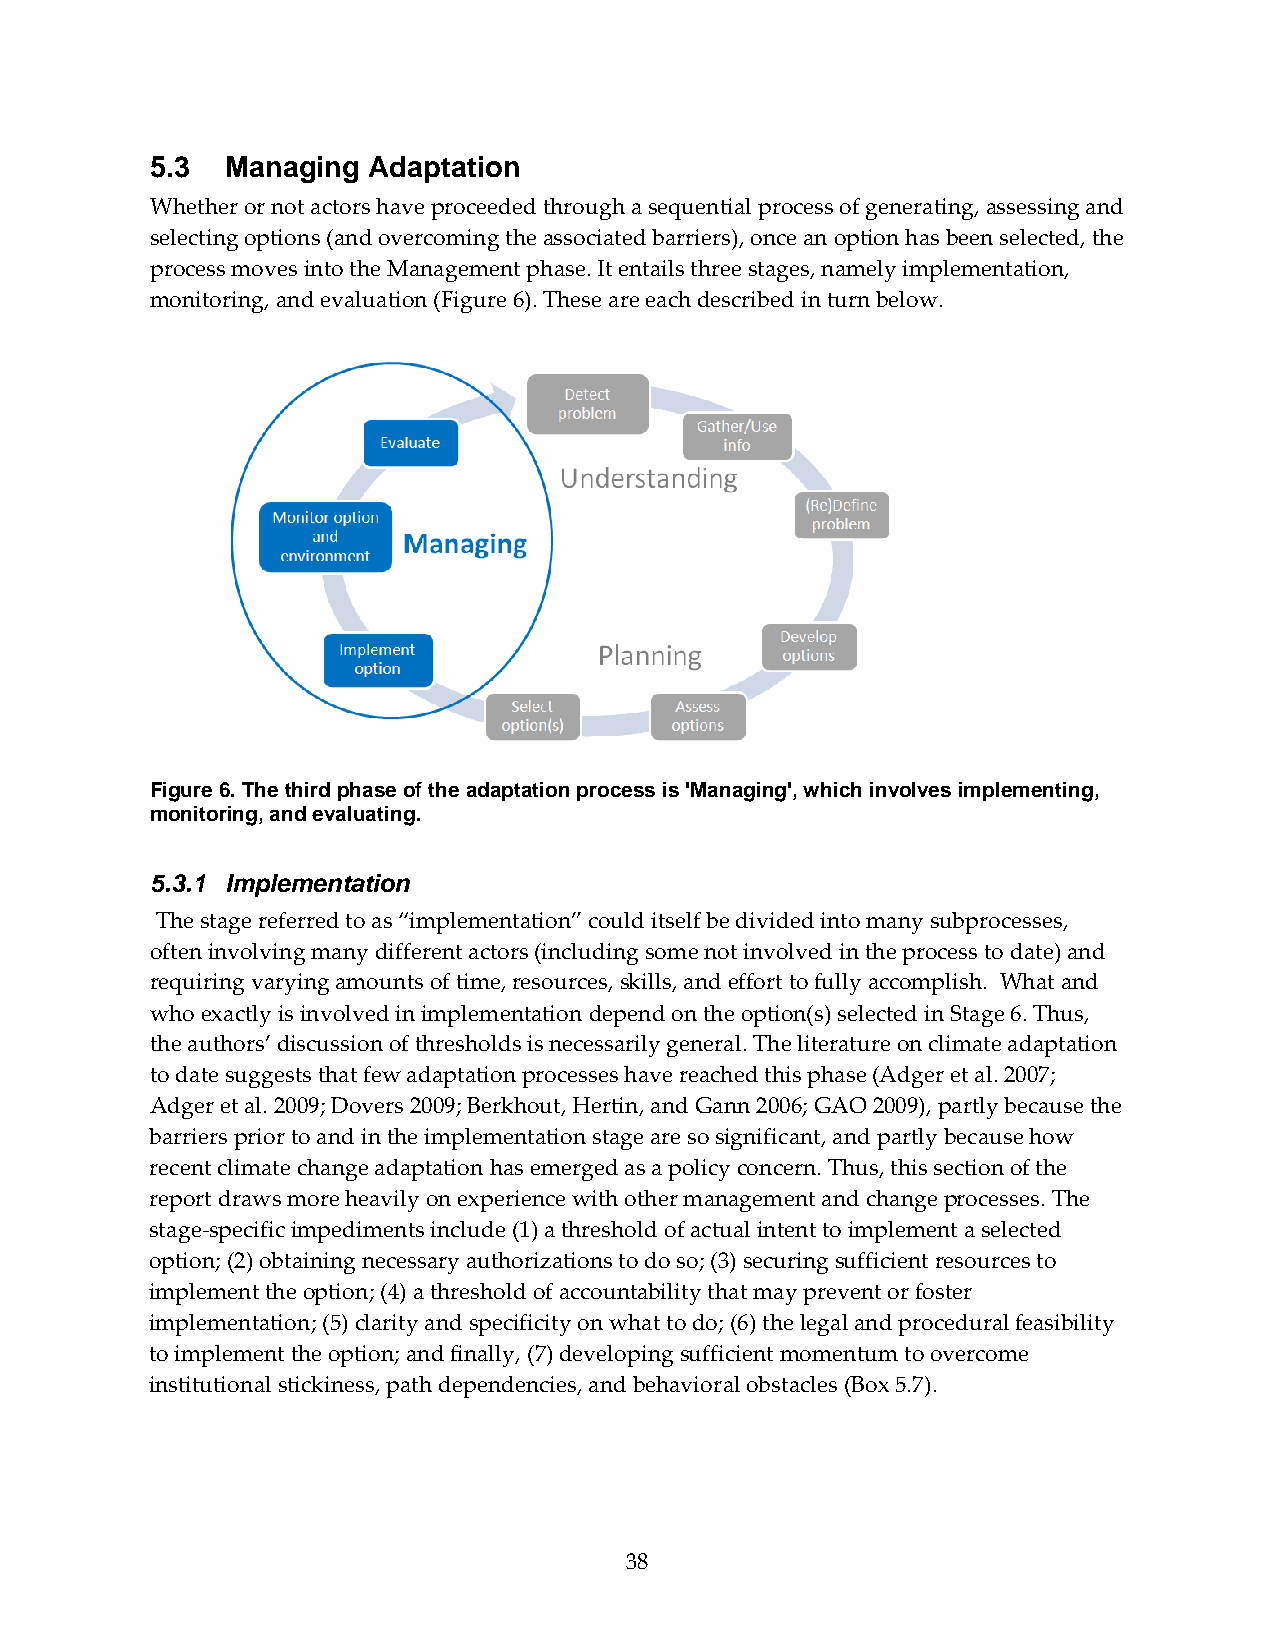
5.3  Managing Adaptation
 Whether or not actors have proceeded through a sequential process of generating, assessing and
 selecting options (and overcoming the associated barriers), once an option has been selected, the
 process moves into the Management phase. It entails three stages, namely implementation,
 monitoring, and evaluation (Figure 6). These are each described in turn below.
 Figure 6. The third phase of the adaptation process is 'Managing', which involves implementing,
 monitoring, and evaluating.
 5.3.1 Implementation
 The stage referred to as “implementation” could itself be divided into many subprocesses,
 often involving many different actors (including some not involved in the process to date) and
 requiring varying amounts of time, resources, skills, and effort to fully accomplish. What and
 who exactly is involved in implementation depend on the option(s) selected in Stage 6. Thus,
 the authors’ discussion of thresholds is necessarily general. The literature on climate adaptation
 to date suggests that few adaptation processes have reached this phase (Adger et al. 2007;
 Adger et al. 2009; Dovers 2009; Berkhout, Hertin, and Gann 2006; GAO 2009), partly because the
 barriers prior to and in the implementation stage are so significant, and partly because how
 recent climate change adaptation has emerged as a policy concern. Thus, this section of the
 report draws more heavily on experience with other management and change processes. The
 stage‐specific impediments include (1) a threshold of actual intent to implement a selected
 option; (2) obtaining necessary authorizations to do so; (3) securing sufficient resources to
 implement the option; (4) a threshold of accountability that may prevent or foster
 implementation; (5) clarity and specificity on what to do; (6) the legal and procedural feasibility
 to implement the option; and finally, (7) developing sufficient momentum to overcome
 institutional stickiness, path dependencies, and behavioral obstacles (Box 5.7).
 38